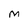
Character: M